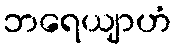
ဘရေယျာဟံ